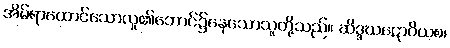
အိမ်ရာထောင်သောလူ၏ဘောင်၌နေသောသူတို့သည်။ ဆိဒ္ဒဃဋောဝိယစ၊